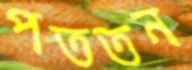
পততন